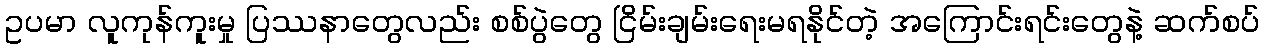
ဥပမာ လူကုန်ကူးမှု ပြဿနာတွေလည်း စစ်ပွဲတွေ ငြိမ်းချမ်းရေးမရနိုင်တဲ့ အကြောင်းရင်းတွေနဲ့ ဆက်စပ်